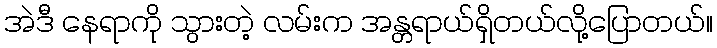
အဲဒီ နေရာကို သွားတဲ့ လမ်းက အန္တရာယ်ရှိတယ်လို့ပြောတယ်။